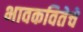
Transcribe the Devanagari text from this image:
भावकवितेचे